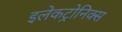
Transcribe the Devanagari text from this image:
इलेकट्रोनिक्स